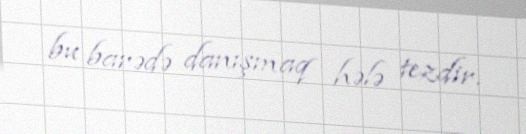
bu barədə danışmaq hələ tezdir.